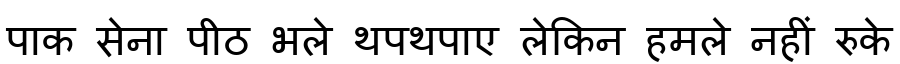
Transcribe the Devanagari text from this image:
पाक सेना पीठ भले थपथपाए लेकिन हमले नहीं रुके